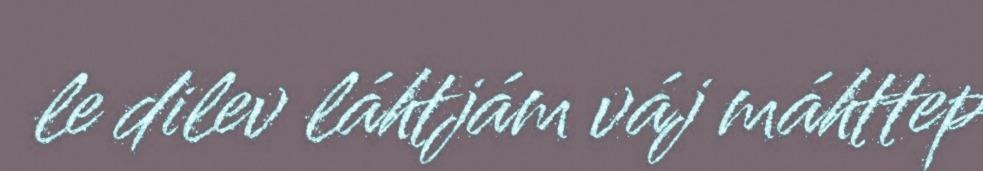
le dilev láhtjám váj máhttep